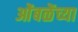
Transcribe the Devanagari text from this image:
ओंबळेंच्या